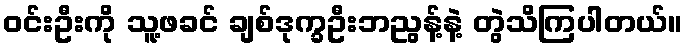
ဝင်းဦးကို သူ့ဖခင် ချစ်ဒုက္ခဦးဘညွန့်နဲ့ တွဲသိကြပါတယ်။